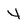
Character: 4